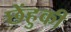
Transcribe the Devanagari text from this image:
छेंहुकी